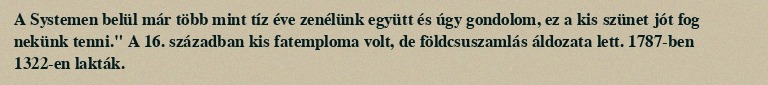
A Systemen belül már több mint tíz éve zenélünk együtt és úgy gondolom, ez a kis szünet jót fog nekünk tenni." A 16. században kis fatemploma volt, de földcsuszamlás áldozata lett. 1787-ben 1322-en lakták.